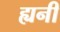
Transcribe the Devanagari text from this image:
ह्यनी